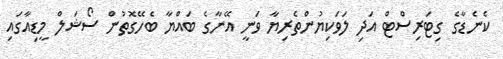
ކެނެޑާގެ ގިޓަރިސްޓް އަދި ލަވަކިޔުންތެރިޔާ ވަނީ އޭނާގެ ބައްޔާ ބެހޭގޮތުން ސޯޝަލް މީޑިއާގައި